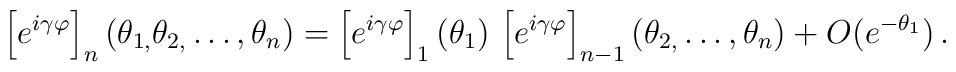
\left[ e^{i\gamma \varphi }\right] _{n}(\theta _{1,}\theta _{2,}\dots,\theta _{n})=\left[ e^{i\gamma \varphi }\right] _{1}(\theta _{1})\,\left[e^{i\gamma \varphi }\right] _{n-1}(\theta _{2,}\dots ,\theta_{n})+O(e^{-\theta _{1}})\,.